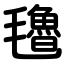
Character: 氌